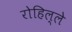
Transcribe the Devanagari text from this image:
रोहिल्ले